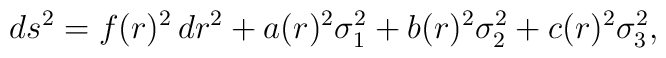
ds^2=f(r)^2\,dr^2+a(r)^2\sigma_1^2+b(r)^2\sigma_2^2+c(r)^2\sigma_3^2,